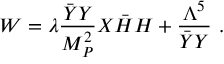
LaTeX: W = \lambda \frac { \bar { Y } Y } { M _ { P } ^ { 2 } } X \bar { H } H + \frac { \Lambda ^ { 5 } } { \bar { Y } Y } ~ .